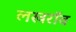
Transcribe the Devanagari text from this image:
लखरॉव